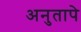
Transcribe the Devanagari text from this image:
अनुतापे